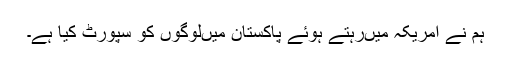
ہم نے امریکہ میں‌رہتے ہوئے پاکستان میں‌لوگوں کو سپورٹ کیا ہے۔